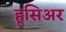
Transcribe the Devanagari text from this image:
हूसिअर